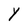
Character: Y